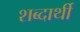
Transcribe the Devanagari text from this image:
शब्दार्थी